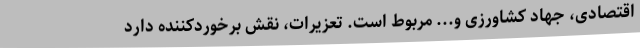
اقتصادی، جهاد کشاورزی و... مربوط است. تعزیرات، نقش برخوردکننده دارد